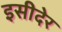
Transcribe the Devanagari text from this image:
इसीदेर